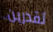
تقدرين